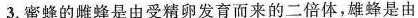
3.蜜蜂的雌蜂是由受精卵发育而来的二倍体，雄蜂是由